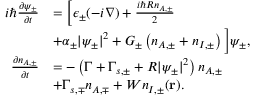
\begin{array} { r l } { i \hbar \frac { \partial \psi _ { \pm } } { \partial t } } & { = \bigg [ \epsilon _ { \pm } ( - i \boldsymbol { \nabla } ) + \frac { i \hbar R n _ { A , \pm } } { 2 } } \\ & { + \alpha _ { \pm } | \psi _ { \pm } | ^ { 2 } + G _ { \pm } \left( n _ { A , \pm } + n _ { I , \pm } \right) \bigg ] \psi _ { \pm } , } \\ { \frac { \partial n _ { A , \pm } } { \partial t } } & { = - \left( \Gamma + \Gamma _ { s , \pm } + R | \psi _ { \pm } | ^ { 2 } \right) n _ { A , \pm } } \\ & { + \Gamma _ { s , \mp } n _ { A , \mp } + W n _ { I , \pm } ( \mathbf { r } ) . } \end{array}